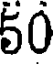
50